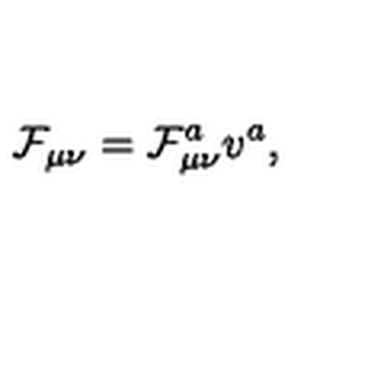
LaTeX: \mathcal { F } _ { \mu \nu } = \mathcal { F } _ { \mu \nu } ^ { a } v ^ { a } ,